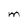
Character: M